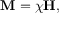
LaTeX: \mathbf { M } = \chi \mathbf { H } ,